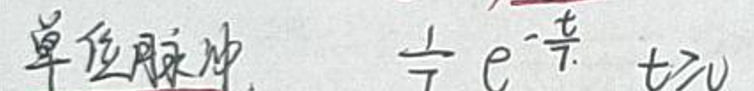
单位脉冲\( \frac{1}{\sqrt{T}} e^{-\frac{t}{2}} t> v\)